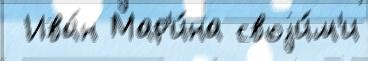
 Ива́н Мар'и́на своjи́м'и